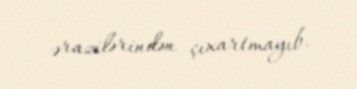
ərazilərindən çıxartmayıb.